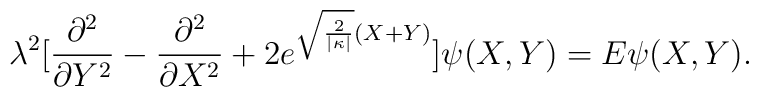
\lambda ^{2} [\frac{\partial ^{2}}{\partial Y ^{2}} -\frac{\partial ^{2}}{\partial X^{2}} + 2 e^{\sqrt{\frac{2}{|\kappa |}}(X+Y)}] \psi (X,Y) = E \psi (X,Y) .